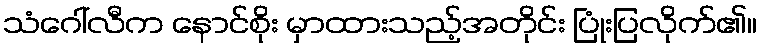
သံဂေါ်လီက နောင်စိုး မှာထားသည့်အတိုင်း ပြုံးပြလိုက်၏။